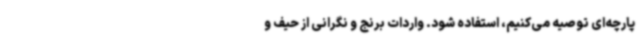
پارچه‌ای توصیه می‌کنیم، استفاده شود. واردات برنج و نگرانی از حیف و